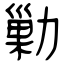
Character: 勦